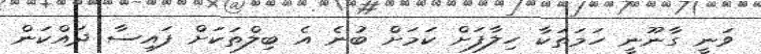
ވަނީ ގާނޫނީ ހަމަތަކާ ހިލާފަށް ކަމަށް ބުނެ އެ ބިލްތަކަށް ފައިސާ ދައްކަން